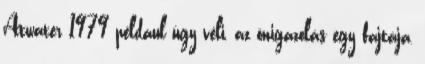
Atwater 1979 például úgy véli, az önigazolás egy fajtája,